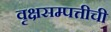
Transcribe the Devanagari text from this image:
वृक्षसम्पत्तीची